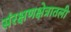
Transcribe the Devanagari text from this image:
संरक्षणक्षेत्रातली